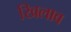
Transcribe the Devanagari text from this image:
खिलाव